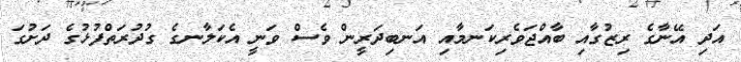
އަދި އޭނާގެ ރިޒުގާއި ބާއްޖަވެރިކަނމާއި އަނބިދަރީން ވެސް ވަނީ އެކަލާނގެ ގުދުރަތްފުޅުގެ ދަށުގަ